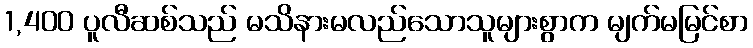
1,400 ပူလီဆစ်သည် မသိနားမလည်သောသူများစွာက မျက်မမြင်စာ